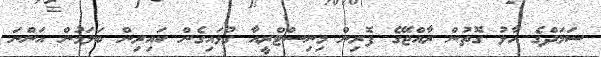
ސަމަދްގެ ހާލު ގޮތުން ރާއްޖޭގެ ފޮރިން މިނިސްޓްރީއާ ގުޅައިގެން ކައިރިން ބަލަމުން އަންނަ